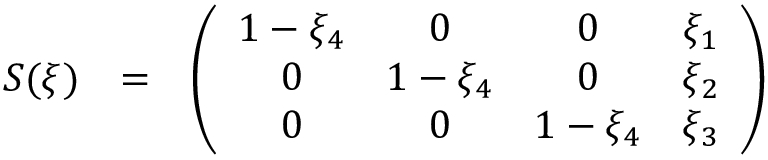
\begin{array} { r c l } { S ( \xi ) } & { = } & { \left( \begin{array} { c c c c } { 1 - \xi _ { 4 } } & { 0 } & { 0 } & { \xi _ { 1 } } \\ { 0 } & { 1 - \xi _ { 4 } } & { 0 } & { \xi _ { 2 } } \\ { 0 } & { 0 } & { 1 - \xi _ { 4 } } & { \xi _ { 3 } } \end{array} \right) } \end{array}